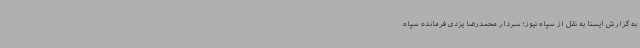
به گزارش ایسنا به نقل از سپاه نیوز؛ سردار محمدرضا یزدی فرمانده سپاه